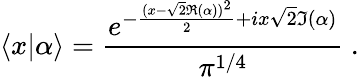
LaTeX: \langle x|\alpha\rangle={\frac{e^{-{\frac{(x-{\sqrt{2}}\Re(\alpha))^{2}}{2}}+ix{\sqrt{2}}\Im(\alpha)}}{\pi^{1/4}}}~.